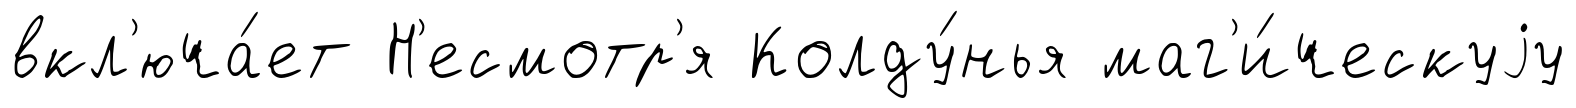
вкл'юча́ет Н'есмотр'я Колду́нья маг'и́ческуjу